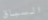
السباق